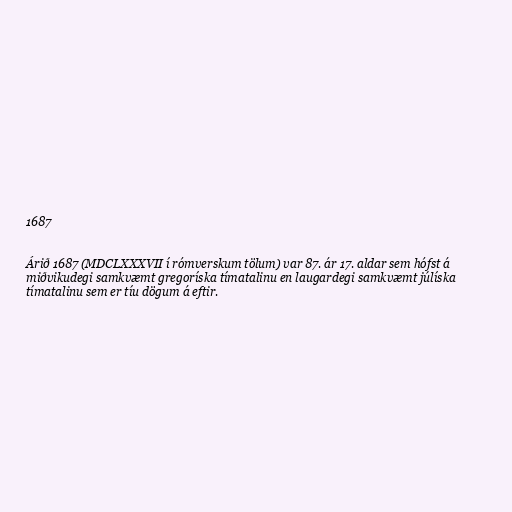
1687

Árið 1687 (MDCLXXXVII í rómverskum tölum) var 87. ár 17. aldar sem hófst á
miðvikudegi samkvæmt gregoríska tímatalinu en laugardegi samkvæmt júlíska
tímatalinu sem er tíu dögum á eftir.